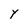
Character: Y